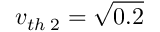
v _ { t h \; 2 } = \sqrt { 0 . 2 }